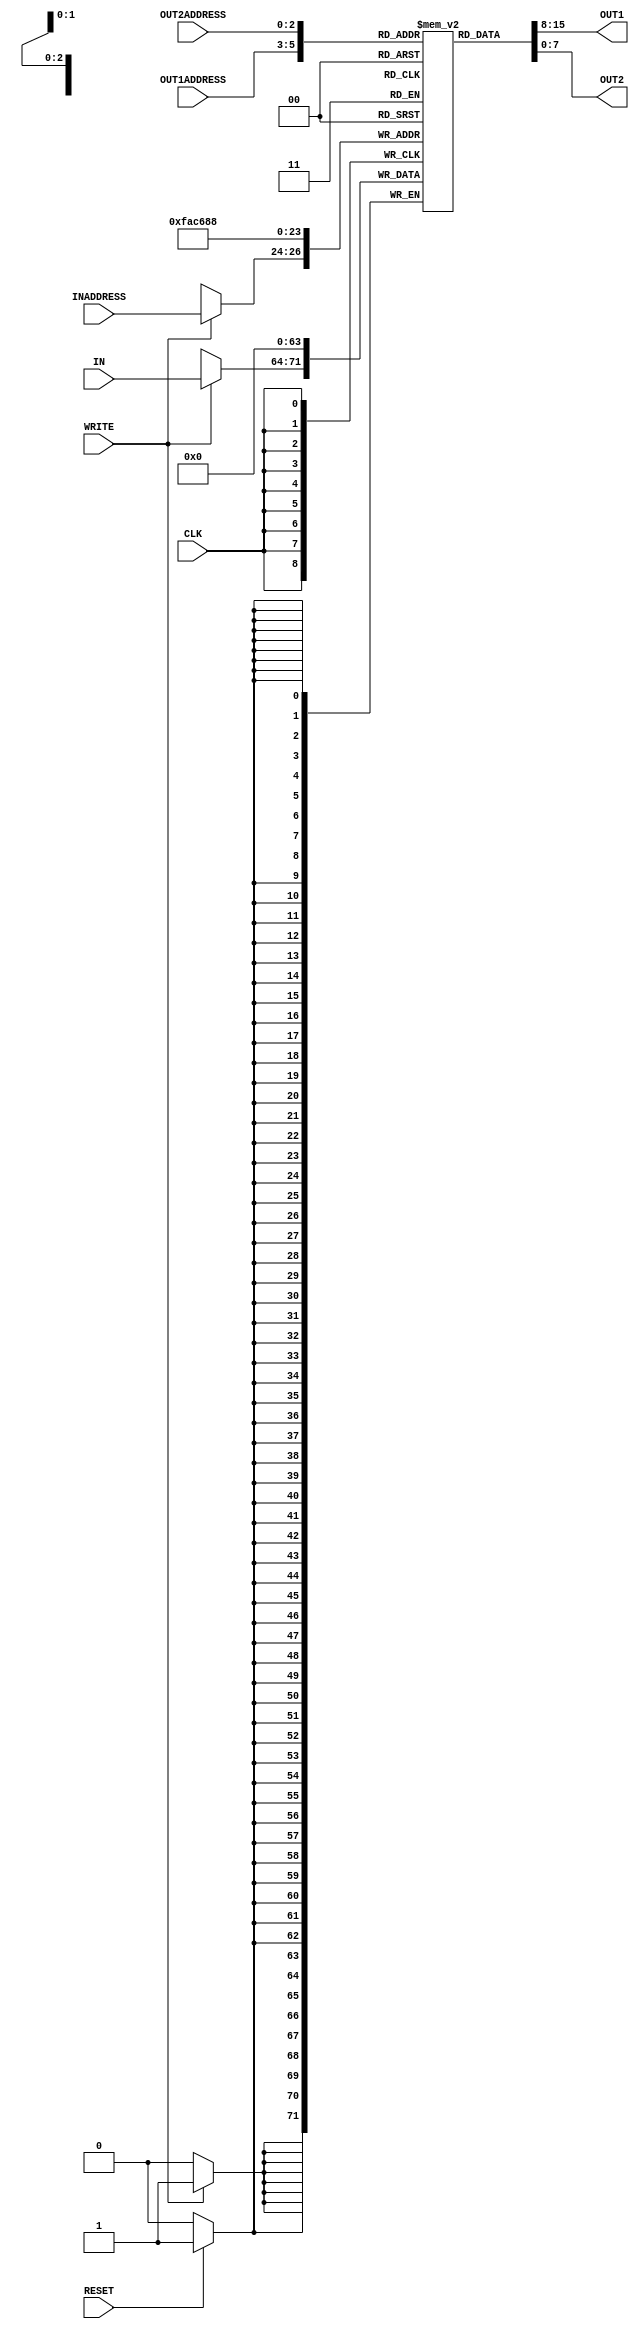
`timescale 1ns/100ps

//Register file

module reg_file(IN,OUT1,OUT2,INADDRESS,OUT1ADDRESS,OUT2ADDRESS,WRITE,CLK,RESET);
	//port declaration
	input[7:0] IN;						//8-bit input (the data input)
	input[2:0]INADDRESS;					//3-bit input (reg no to store data IN )
	input [2:0] OUT1ADDRESS,OUT2ADDRESS; 			//2-3-bit input(where data retrieved from)
	input CLK,RESET,WRITE;					//3 inputs for synchronization and enable write
	output [7:0] OUT1,OUT2;		//2 8-bit parallel data outputs
	reg [7:0] r[0:7]; 					//array of 8 8-bit registers

	integer i;

	//triggered at the positive edge of the clock
	always @(posedge CLK)begin
	//if RESET is high
	if(RESET) begin
		#1  		//delay of 1 unit for writing	to the registers
		//All registered cleared(written 0)
		for(i=0;i<8;i++)
		r[i] = 8'd0;	
	end
        
	if(WRITE) begin
        //Write to the register given by the address with the value given
        #1 r[INADDRESS] = IN;   //has 1 unit delay when writing to the registers
    end
	end 

//Get executed whenever the register values or addresses changes

	//read the value in the register with the given OUT1ADDRESS and load to OUT1
	 
	assign #2 OUT1 = r[OUT1ADDRESS];	//has 2 unit delay when reading from the registers
	//read the value in the register with the given OUT2ADDRESS and load to OUT2
	assign #2 OUT2 = r[OUT2ADDRESS];	//has 2 unit delay when reading from the registers
//end

// For testing ----------------------------------------------------------------------------------------------------------------------------------------------------
    initial
    begin
        // monitor change in reg file content and print 
        #5;
        $display("\n\t\t\t=================================================");
        $display("\t\t\t Change of Register Content starting from Time #5");
        $display("\t\t\t=================================================\n");
        $display("\t\ttime\treg0\treg1\treg2\treg3\treg4\treg5\treg6\treg7");
        $display("\t\t--------------------------------------------------------------------");
        $monitor($time, "\t%d\t%d\t%d\t%d\t%d\t%d\t%d\t%d\t",r[0],r[1], r[2],r[3], r[4], r[5], r[6], r[7]);
    end
    // -----
endmodule